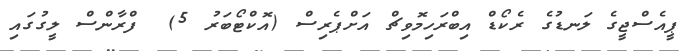
ޕީއެސްޖީގެ ލަނޑުގެ ރެކޯޑް އިބްރަހިމޮވިޗް އަށްޕެރިސް (އޮކްޓޯބަރު 5)  ފްރާންސް ލީގުގައި